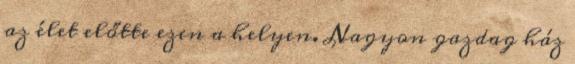
az élet előtte ezen a helyen. Nagyon gazdag ház